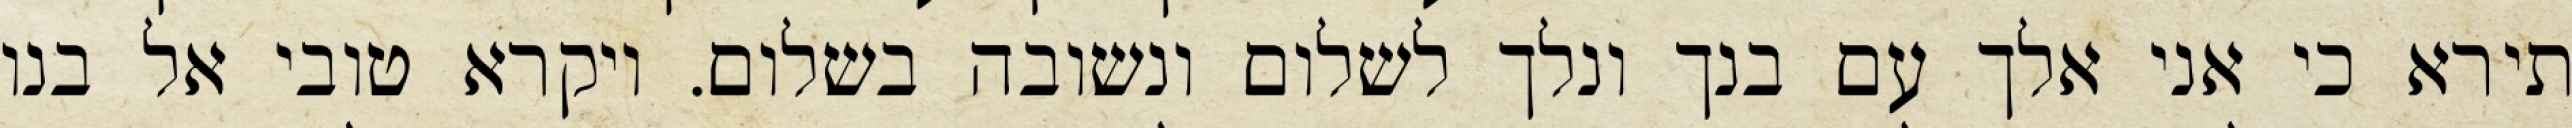
תירא כי אני אלך עם בנך ונלך לשלום ונשובה בשלום. ויקרא טובי אל בנו